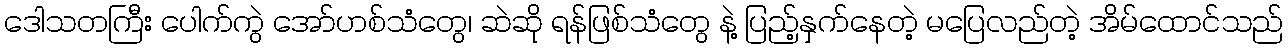
ဒေါသတကြီး ပေါက်ကွဲ အော်ဟစ်သံတွေ၊ ဆဲဆို ရန်ဖြစ်သံတွေ နဲ့ ပြည့်နှက်နေတဲ့ မပြေလည်တဲ့ အိမ်ထောင်သည်